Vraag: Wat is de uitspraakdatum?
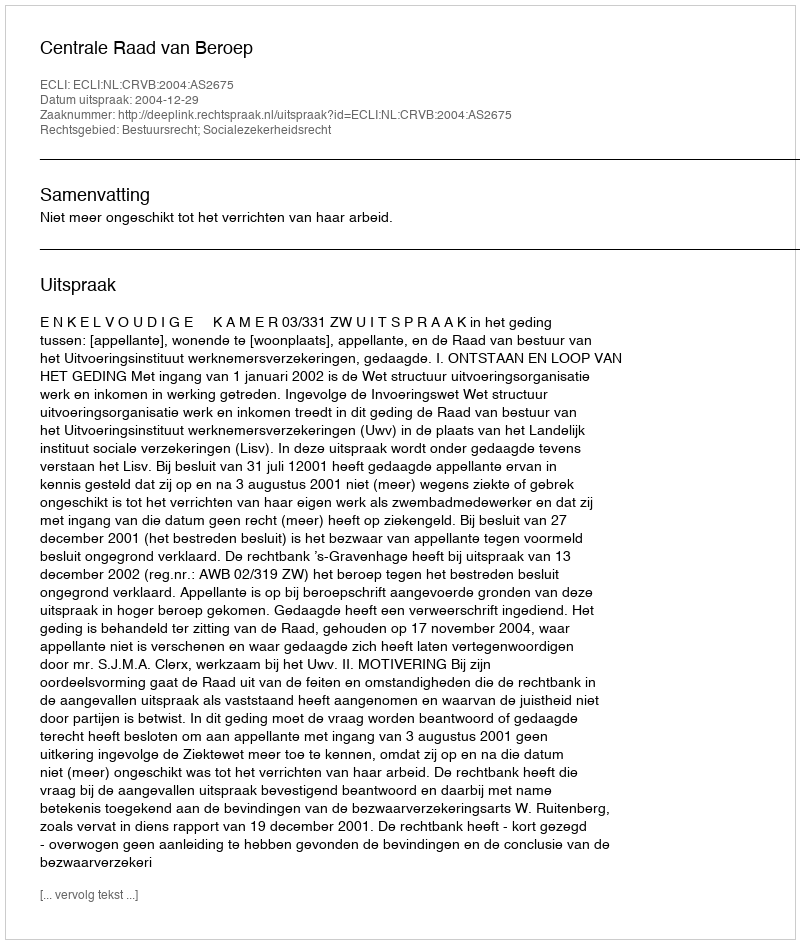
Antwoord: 2004-12-29